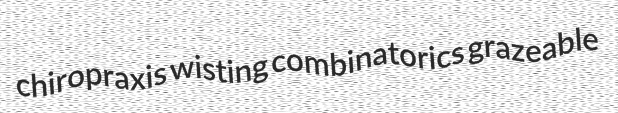
chiropraxis wisting combinatorics grazeable